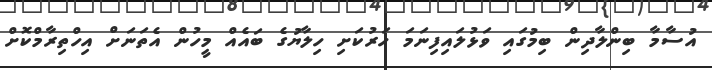
އުސާމާ ބިންލާދިން ބިމުގައި ވަޅުލައިފިނަމަ ހަރުކަށި ހިލާޔުގެ ބައެއް މީހުން އެތަނަށް އިހްތިރާމްކޮށް